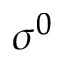
\sigma ^ { 0 }